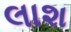
લાશ